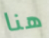
هنا